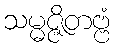
သမ္မဇ္ဇိတဗ္ဗံ